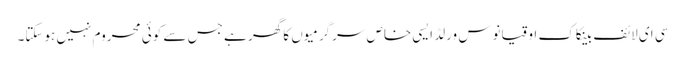
سی ای لائف بینکاک اوقیانوس ورلڈ ایسی خاص سرگرمیوں کا گھر ہے جس سے کوئی محروم نہیں ہوسکتا۔